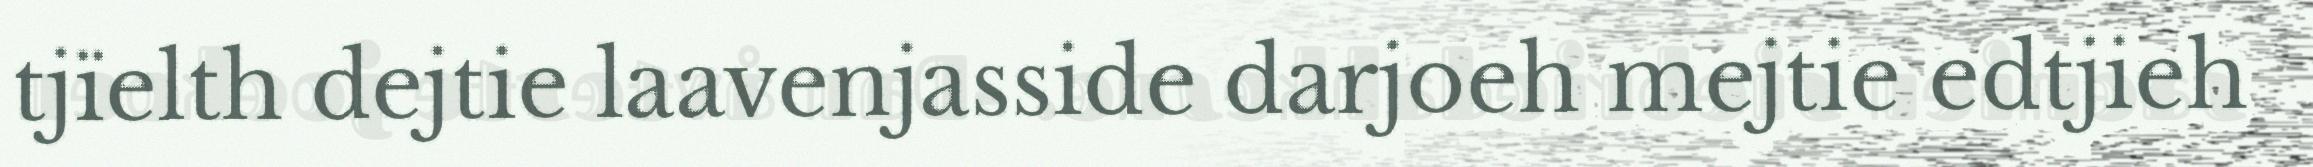
tjïelth dejtie laavenjasside darjoeh mejtie edtjieh